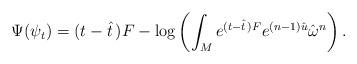
LaTeX: \begin{align*} \Psi(\psi_t) = (t-\hat{t} \,) F - \log \left( \int_M e^{(t-\hat{t}\, )F} e^{(n-1) \hat{u}} \hat{\omega}^n \right).\end{align*}